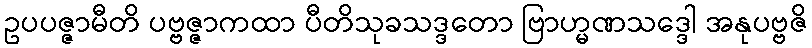
ဥပပဇ္ဇာမီတိ ပဗ္ဗဇ္ဇာကထာ ပီတိသုခသဒ္ဒတော ဗြာဟ္မဏသဒ္ဒေါ အနုပဗ္ဗဇိ